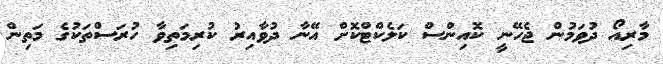
މާރިއޯ ދުވަމުން ޖެހޭނީ ކޮއިންސް ކަލެކްޓްކޮށް އޭނާ ދުވާއިރު ކުރިމަތިވާ ހުރަސްތަކުގެ މަތިން